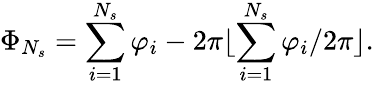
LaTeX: \Phi_{N_{s}}=\sum_{i=1}^{N_{s}}{\varphi_{i}}-2\pi\lfloor\sum_{i=1}^{N_{s}}{\varphi_{i}}/2\pi\rfloor.